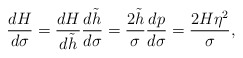
\begin{align*} \frac{dH}{d\sigma}=\frac{dH}{d\tilde{h}}\frac{d\tilde{h}}{d\sigma}=\frac{2\tilde{h}}{\sigma}\frac{dp}{d\sigma}=\frac{2H\eta^2}{\sigma},\end{align*}